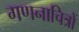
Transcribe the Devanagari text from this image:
गणनाचित्रों